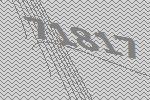
71817